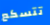
تتسكع